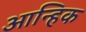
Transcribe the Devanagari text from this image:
आन्हिक